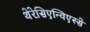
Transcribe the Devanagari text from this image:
थेरेसिएन्विएस्से